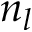
n _ { l }